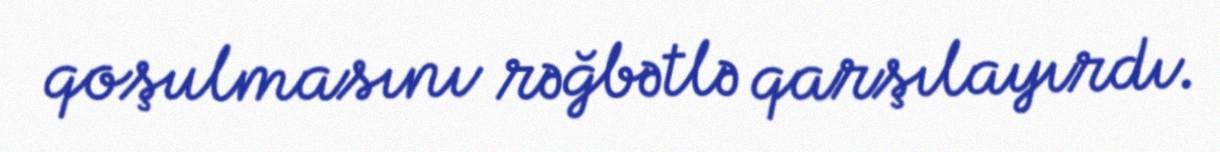
qoşulmasını rəğbətlə qarşılayırdı.